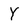
Character: Y